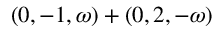
( 0 , - 1 , \omega ) + ( 0 , 2 , - \omega )